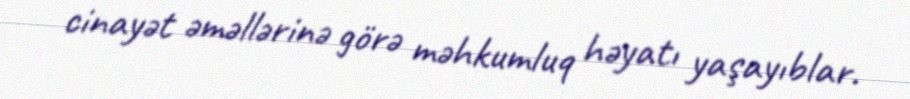
cinayət əməllərinə görə məhkumluq həyatı yaşayıblar.